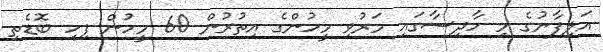
އަލިފާނުގެ މި ހާދިސާގައި މަރުވި މީހުންގެ އިތުރުން 60 މީހުން ފިހި ބޮޑެތި